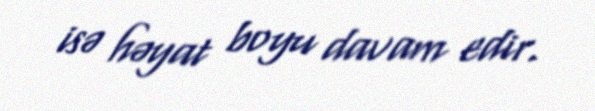
isə həyat boyu davam edir.